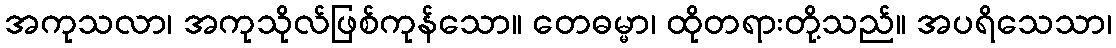
အကုသလာ၊ အကုသိုလ်ဖြစ်ကုန်သော။ တေဓမ္မာ၊ ထိုတရားတို့သည်။ အပရိသေသာ၊